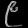
Digit: ၉